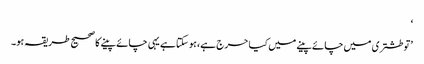
‘
’تو طشتری میں چائے پینے میں کیا حرج ہے، ہو سکتا ہے یہی چائے پینے کا صحیح طریقہ ہو۔